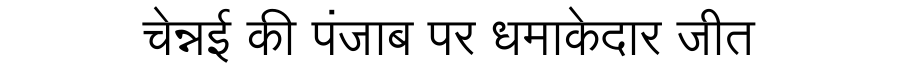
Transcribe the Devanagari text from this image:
चेन्नई की पंजाब पर धमाकेदार जीत